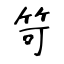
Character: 笴